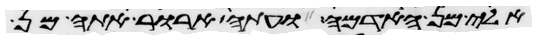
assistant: אלי מן האדמה ועתה ארור אתה מן